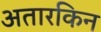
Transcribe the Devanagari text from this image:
अतारकिन